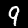
Label: 9